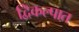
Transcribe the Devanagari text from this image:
द्विकल्पात